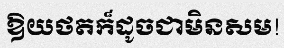
ឱយថតក៏ដូចជាមិនសម!